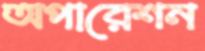
অপারেশন